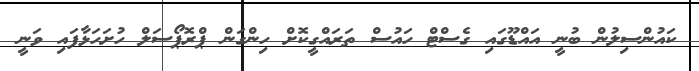
ކައުންސިލުން ބުނީ އައްޑޫގައި ގެސްޓް ހައުސް ތަރައްގީކޮށް ހިންގަން ޕްރޮޕޯސަލް ހުށަހަޅާފައި ވަނީ